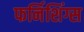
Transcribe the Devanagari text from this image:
फर्निशिंग्स